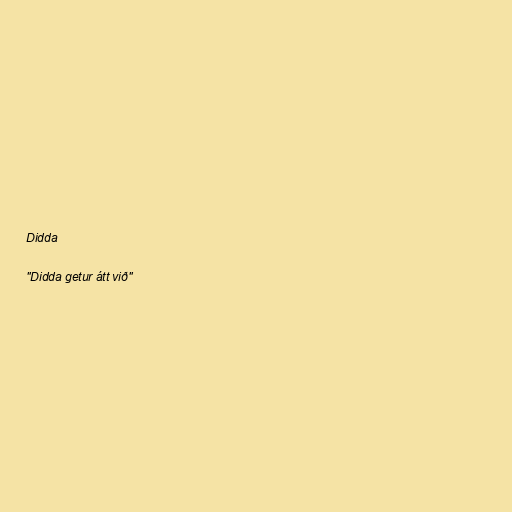
Didda

"Didda getur átt við"